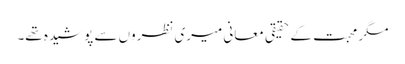
مگر محبت کے حقیقی معانی میری نظروں سے پوشیدہ تھے۔